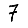
Digit: 7